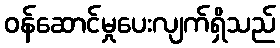
ဝန်ဆောင်မှုပေးလျက်ရှိသည်